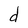
Character: d